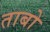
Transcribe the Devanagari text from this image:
ताबो